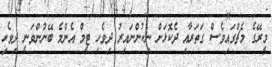
މީރޭގެ މެޗްގައިވެސް ގަތަރާއި ދެކޮޅަށް ނިކުންނައިރު ދިވެހި ޓީމް އެންމެ ބޭނުންވަނީ ދިވެހި